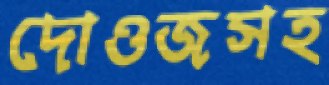
দোওজসহ